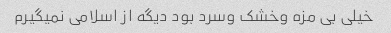
خیلی بی مزه وخشک وسرد بود دیگه از اسلامی نمیگیرم